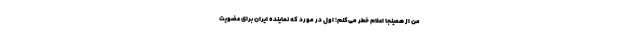
من از همینجا اعلام خطر می‌کنم؛ اول در مورد که نماینده ایران برای عضویت